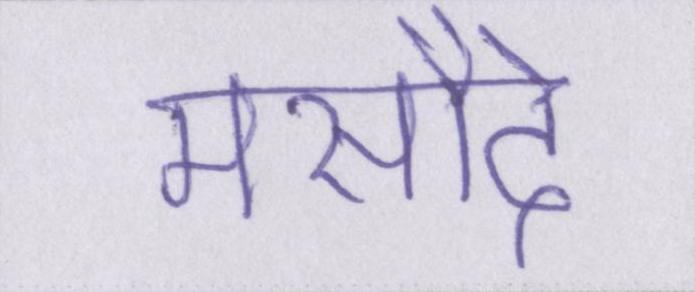
मसौदे